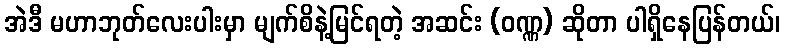
အဲဒီ မဟာဘုတ်လေးပါးမှာ မျက်စိနဲ့မြင်ရတဲ့ အဆင်း (ဝဏ္ဏ) ဆိုတာ ပါရှိနေပြန်တယ်၊